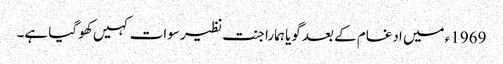
1969ء میں ادغام کے بعد گویا ہمارا جنت نظیر سوات کہیں کھو گیا ہے۔